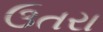
ઉતરા